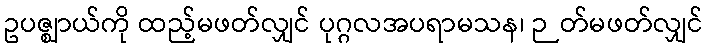
ဥပဇ္ဈာယ်ကို ထည့်မဖတ်လျှင် ပုဂ္ဂလအပရာမသန၊ ဉတ်မဖတ်လျှင်